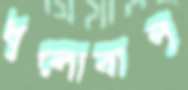
ধুলোবালু